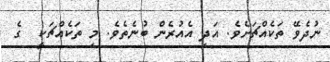
ނުދެވޭ ތަކެއްޗަށެވެ. އަދި އެއުރެން ބުނެތެވެ. މި ތަކެއްޗަކީ  ގެ